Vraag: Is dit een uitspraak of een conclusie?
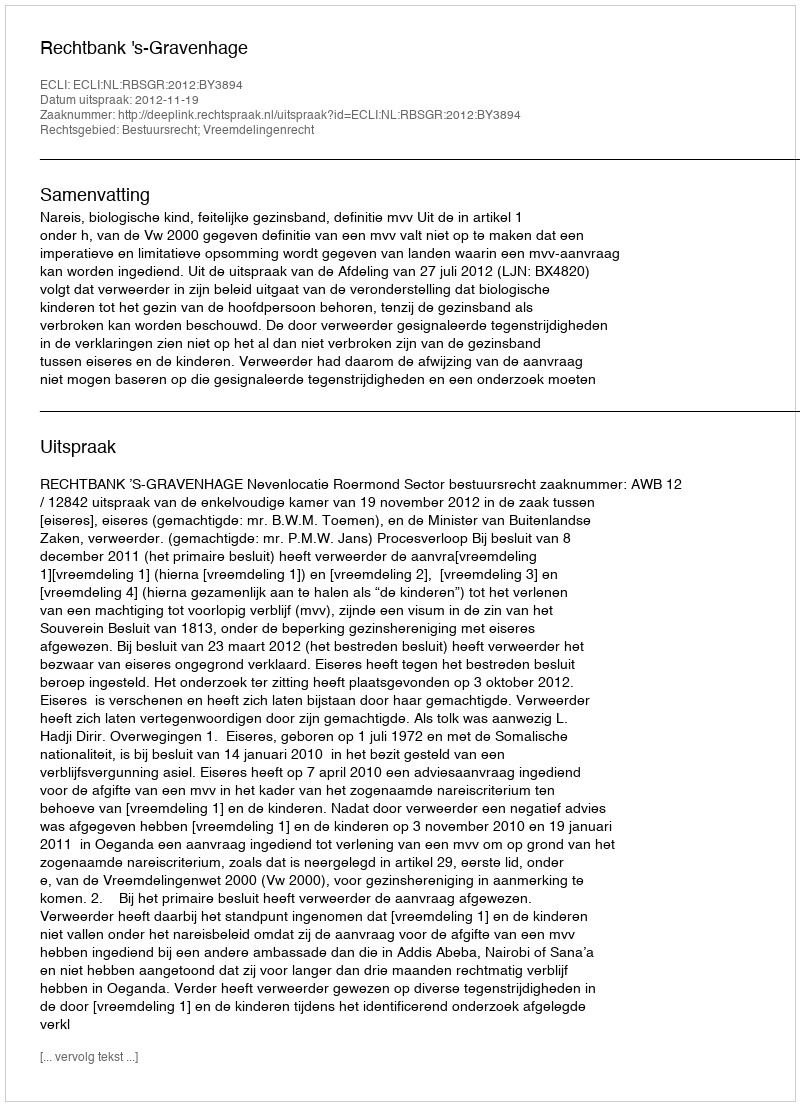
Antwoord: Uitspraak